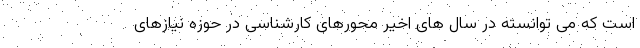
است که می توانسته در سال های اخیر محورهای کارشناسی در حوزه نیازهای